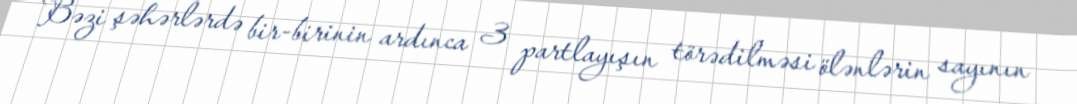
Bəzi şəhərlərdə bir-birinin ardınca 3 partlayışın törədilməsi ölənlərin sayının